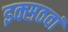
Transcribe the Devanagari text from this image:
इक्सठवां